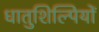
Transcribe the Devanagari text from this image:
धातुशिल्पियों